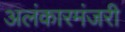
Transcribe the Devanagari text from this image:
अलंकारमंजरी